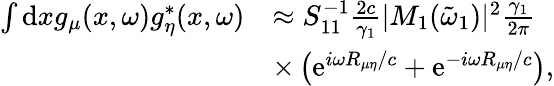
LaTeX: \begin{array}{rl}{\int\mathrm{d}xg_{\mu}(x,\omega)g_{\eta}^{*}(x,\omega)}&{\approx S_{11}^{-1}\frac{2c}{\gamma_{1}}|M_{1}(\tilde{\omega}_{1})|^{2}\frac{\gamma_{1}}{2\pi}}\\ &{\times\left(\mathrm{e}^{i\omega R_{\mu\eta}/c}+\mathrm{e}^{-i\omega R_{\mu\eta}/c}\right),}\end{array}